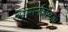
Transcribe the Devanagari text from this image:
श्वासनलिकाएँ